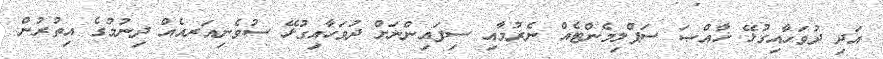
އަދި ދުވަހާއިގުޅޭ ޚާއްޞަ ސަޕްލިމެންޓެއް ނެރުމާއި ސިފައިންނަށް ދުވަހާއިގުޅޭ ސުވެނިއަރއެއް ދިނުމުގެ އިތުރުން